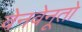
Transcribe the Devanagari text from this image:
वेनवेनूतो